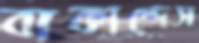
বাকাদ্দেস